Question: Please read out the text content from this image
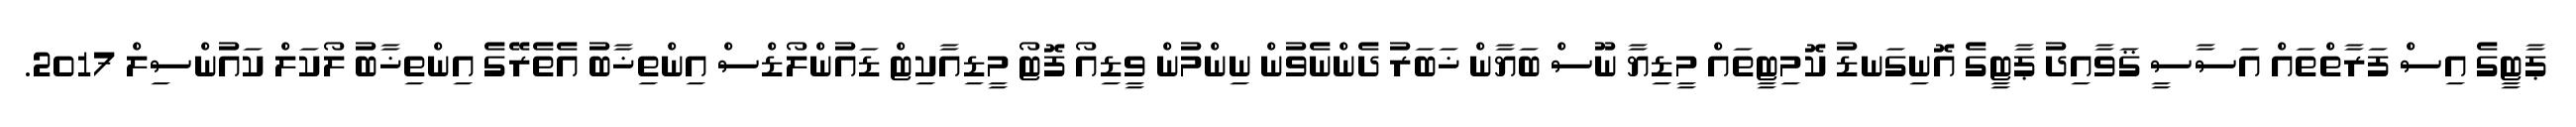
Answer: ޕާޓީގެ އިސް ފަރާތްތައް އަސާސީ ޤަވާއިދު ޕާޓީގެ އޮނިގަނޑު ކޮމިޓީތައް މީޑިޔާ ނޫސް ބަޔާން ޚަބަރު ދެންނެވުން ނިންމުން ވީޑިއޯ ފޮޓޯ މީޑިއާކިޓް ޑައުންލޯޑްސް އިންތިޚާބު އެތެރޭގެ އިންތިޚާބު ލޯކަލް ކައުންސިލް 2017.